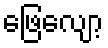
ဖြေလျော့